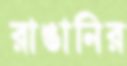
রাঙানির